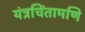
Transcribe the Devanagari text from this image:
यंत्रचिंतामणि